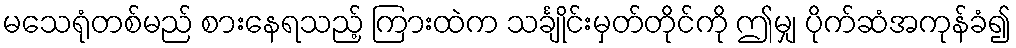
မသေရုံတစ်မည် စားနေရသည့် ကြားထဲက သင်္ချိုင်းမှတ်တိုင်ကို ဤမျှ ပိုက်ဆံအကုန်ခံ၍